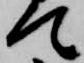
て